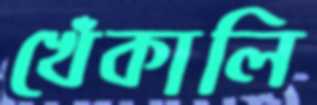
খেঁকালি